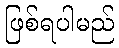
ဖြစ်ရပါမည်